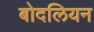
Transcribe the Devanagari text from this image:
बोदलियन